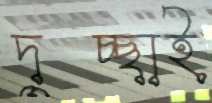
দুচ্ছাই